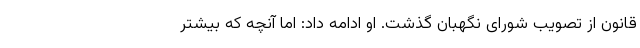
قانون از تصویب شورای نگهبان گذشت. او ادامه داد: اما آنچه که بیشتر